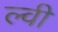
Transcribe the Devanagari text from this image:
ल्वी